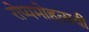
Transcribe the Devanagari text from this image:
रोप्यमोह्त्सवी